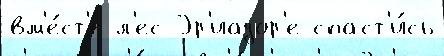
вм'е́ст'е л'ес Эр'иадор'е спаст'и́сь